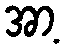
အာ့